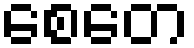
စေတေ